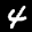
Label: 4